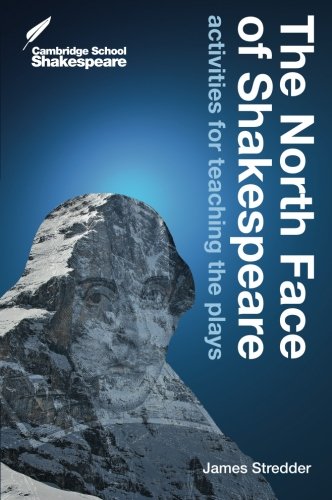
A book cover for The North Face of Shakespeare: Activities for Teaching the Plays (Cambridge School Shakespeare); James Stredder; Children's Books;